Civil Veterinary Dept. North-West Frontier Province 1933-46 - 1933-1946
Year: 1933
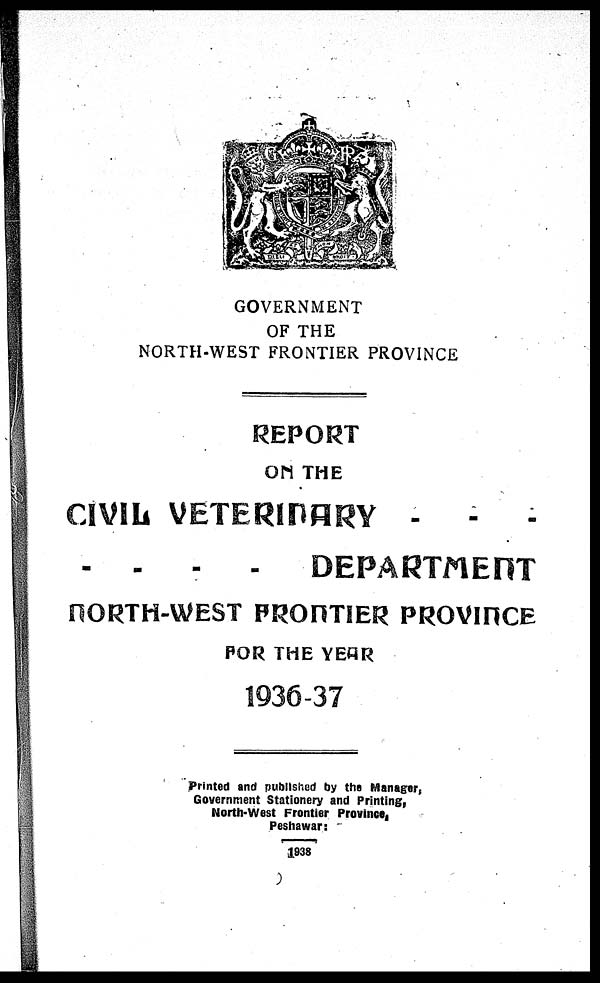
GOVERNMENT
OF THE
NORTH-WEST FRONTIER PROVINCE
REPORT
ON THE
CIVIL VETERINARY - - -
- - - - DEPARTMENT
NORTH-WEST FRONTIER PROVINCE
FOR THE YEAR
1936-37
Printed and published by the Manager,
Government Stationery and Printing,
North-West Frontier Province,
Peshawar:
1938